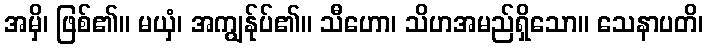
အမှိ၊ ဖြစ်၏။ မယှံ၊ အကျွန်ုပ်၏။ သီဟော၊ သိဟအမည်ရှိသော။ သေနာပတိ၊